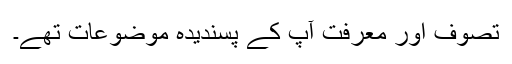
تصوف اور معرفت آپ کے پسندیدہ موضوعات تھے۔